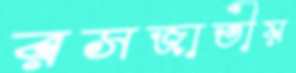
রসজাতীয়